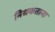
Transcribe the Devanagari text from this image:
निधकताना